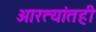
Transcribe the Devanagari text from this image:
आरत्यांतही